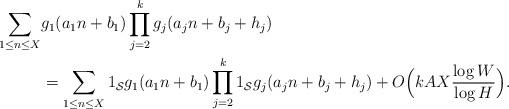
LaTeX: \begin{align*}\sum_{1 \leq n \leq X} & g_1(a_1 n + b_1) \prod_{j=2}^k g_j(a_j n + b_j + h_j) \\& = \sum_{1 \leq n \leq X} 1_{\mathcal S} g_1(a_1 n + b_1) \prod_{j=2}^k 1_{\mathcal S} g_j(a_j n + b_j + h_j) + O \Big ( k A X \frac{\log W}{\log H} \Big ).\end{align*}